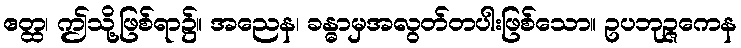
ဧတ္ထ၊ ဤသို့ဖြစ်ရာ၌။ အညေန၊ ခန္ဓာမှအလွတ်တပါးဖြစ်သော။ ဥပဘုဉ္ဇကေန